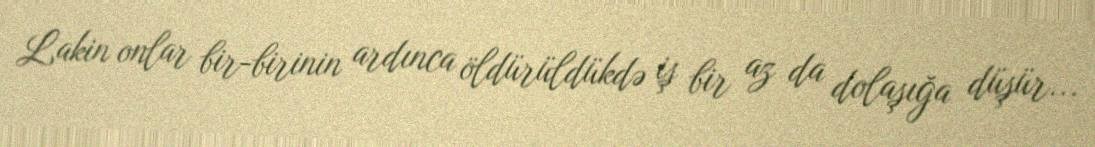
Lakin onlar bir-birinin ardınca öldürüldükdə iş bir az da dolaşığa düşür...